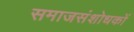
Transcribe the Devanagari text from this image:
समाजसंशोधकों